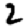
Digit: 2